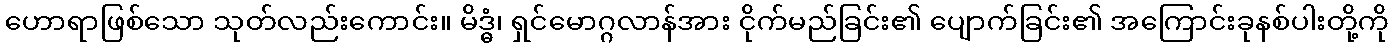
ဟောရာဖြစ်သော သုတ်လည်းကောင်း။ မိဒ္ဓံ၊ ရှင်မောဂ္ဂလာန်အား ငိုက်မည်ခြင်း၏ ပျောက်ခြင်း၏ အကြောင်းခုနစ်ပါးတို့ကို